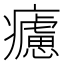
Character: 𤻱